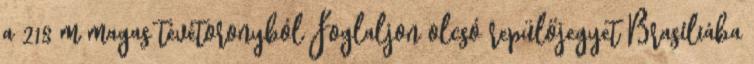
a 218 m magas tévétoronyból Foglaljon olcsó repülőjegyet Brasíliába